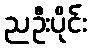
ညဦးပိုင်း